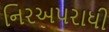
નિરઅપરાધી